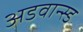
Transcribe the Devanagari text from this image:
अडवान्स्ड